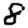
Digit: 8